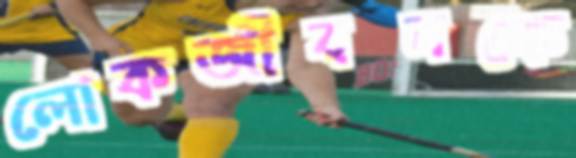
লোকজীবনকে